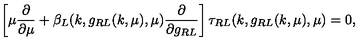
\left[ \mu \frac { \partial } { \partial \mu } + \beta _ { L } ( k , g _ { R L } ( k , \mu ) , \mu ) \frac { \partial } { \partial g _ { R L } } \right] \tau _ { R L } ( k , g _ { R L } ( k , \mu ) , \mu ) = 0 ,